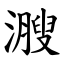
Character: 㵻